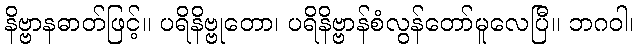
နိဗ္ဗာနဓာတ်ဖြင့်။ ပရိနိဗ္ဗုတော၊ ပရိနိဗ္ဗာန်စံလွန်တော်မူလေပြီ။ ဘဂဝါ၊